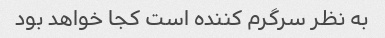
به نظر سرگرم کننده است کجا خواهد بود